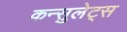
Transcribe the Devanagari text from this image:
कन्सुलेट्स